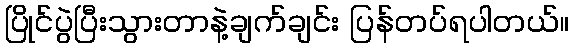
ပြိုင်ပွဲပြီးသွားတာနဲ့ချက်ချင်း ပြန်တပ်ရပါတယ်။